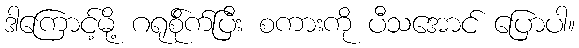
ဒါကြောင့်မို့ ဂရုစို်က်ပြီး စကားကို ပီသအောင် ပြောပါ။